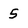
Character: 5